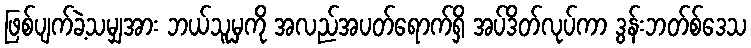
ဖြစ်ပျက်ခဲ့သမျှအား ဘယ်သူမှကို အလည်အပတ်ရောက်ရှိ အပ်ဒိတ်လုပ်ကာ ဒွန်းဘတ်စ်ဒေသ